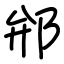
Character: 𨚕